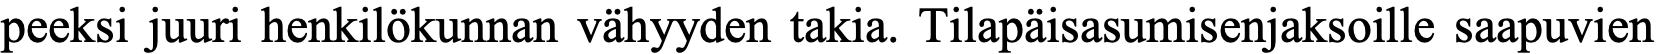
peeksi juuri henkilökunnan vähyyden takia. Tilapäisasumisenjaksoille saapuvien